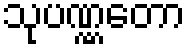
သုပဏ္ဏတော